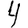
Digit: 4